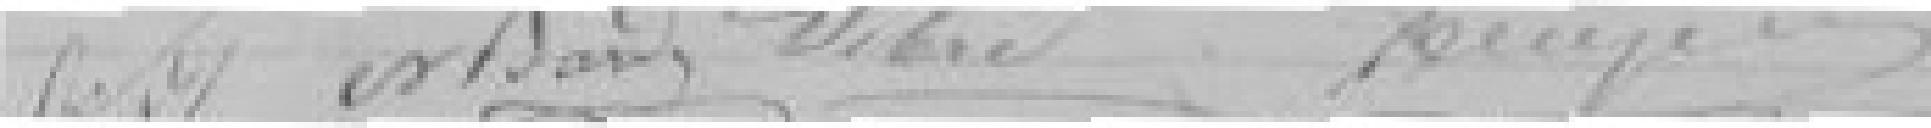
Sibre